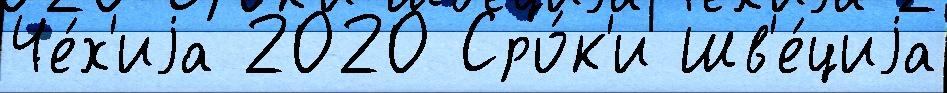
Че́х'иjа 2020 Сро́к'и Шв'е́циjа